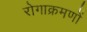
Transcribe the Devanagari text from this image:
रोगाक्रमणों